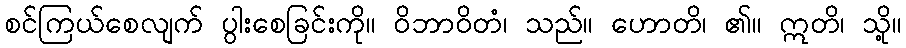
စင်ကြယ်စေလျက် ပွါးစေခြင်းကို။ ဝိဘာဝိတံ၊ သည်။ ဟောတိ၊ ၏။ ဣတိ၊ သို့။